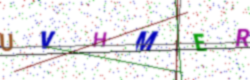
Text: UVHMER